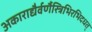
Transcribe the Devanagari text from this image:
अकाराद्यैर्वर्णैस्त्रिभिरभिदधत्